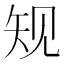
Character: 𰦔